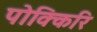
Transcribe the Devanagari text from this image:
पोक्किरि